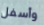
وأسفل